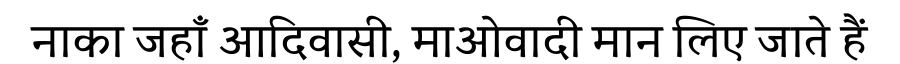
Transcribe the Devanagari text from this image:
नाका जहाँ आदिवासी, माओवादी मान लिए जाते हैं